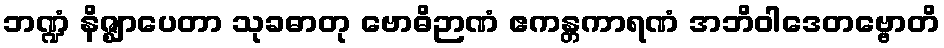
ဘဏ္ဍံ နိဇ္ဈာပေတာ သုခဓာတု ဗောဓိဉာဏံ ဧကန္တကာရဏံ အဘိဝါဒေတဗ္ဗောတိ